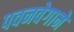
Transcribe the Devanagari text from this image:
पवनवेगाने